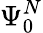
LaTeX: \Psi_{0}^{N}